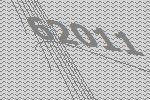
62011